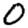
Digit: 0